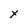
Character: X